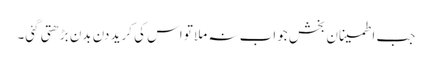
جب اطمینان بخش جواب نہ ملا تو اس کی کرید دن بدن بڑھتی گئی۔